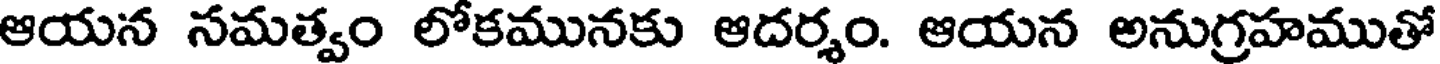
ఆయన సమత్వం లోకమునకు ఆదర్శం. ఆయన అనుగ్రహముతో